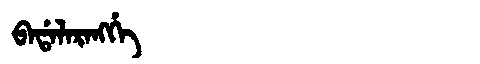
Manchu: ᠪᠠᡩᠠᠯᠠᡵᠠᠩᡤᡝ
Romanization: BADALARANGGE